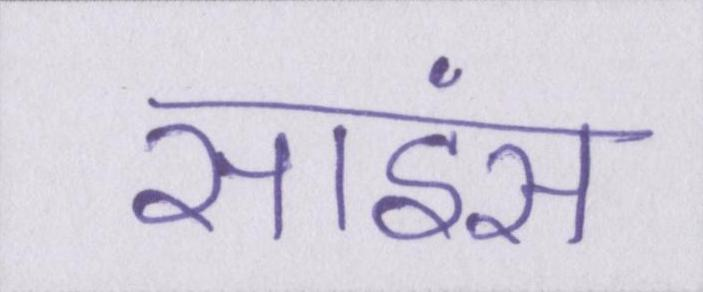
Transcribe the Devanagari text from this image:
साइंस